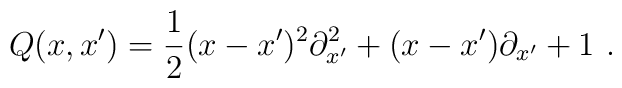
Q(x,x')=\frac{1}{2}(x-x')^2{\partial}^2_{x'}+(x-x'){\partial}_{x'}+1 \ .